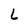
Character: L